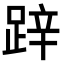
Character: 𨁅